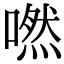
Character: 嘫